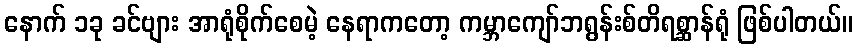
နောက် ၁ခု ခင်ဗျား အာရုံစိုက်စေမဲ့ နေရာကတော့ ကမ္ဘာကျော်ဘရွန်းစ်တိရစ္ဆာန်ရုံ ဖြစ်ပါတယ်။